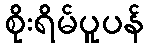
စိုးရိမ်ပူပန်